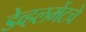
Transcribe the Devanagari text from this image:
डेव्हलमेंटचे